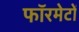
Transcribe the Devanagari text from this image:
फॉरमेटों